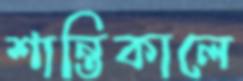
শান্তিকালে